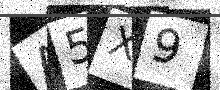
Text: A5X9